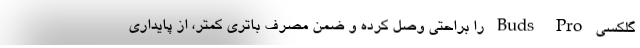
گلکسی Buds Pro را براحتی وصل کرده و ضمن مصرف باتری کمتر، از پایداری